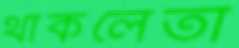
থাকলেতা